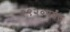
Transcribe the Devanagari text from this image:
१९२०पर्यंत